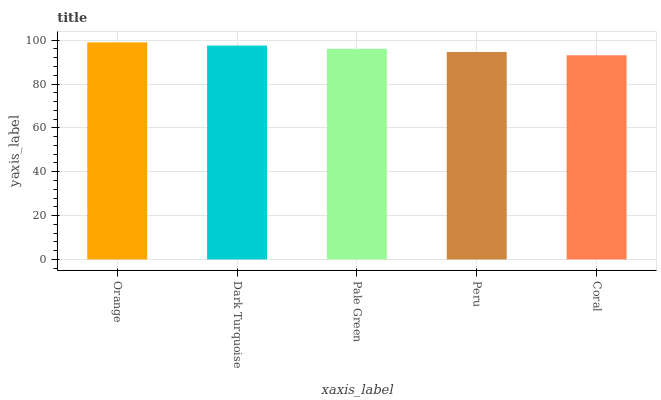
| xaxis_label | bars |
 | --- | --- |
 | Orange | 99 |
 | Dark Turquoise | 97.5 |
 | Pale Green | 96.1 |
 | Peru | 94.6 |
 | Coral | 93.1 |